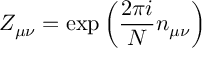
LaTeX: Z _ { \mu \nu } = \exp \left( \frac { 2 \pi i } { N } n _ { \mu \nu } \right)